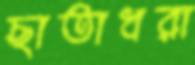
ছাতাধরা